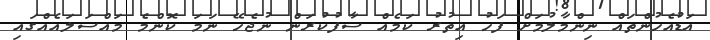
އަޑުއެހުންތައް ނިންމާލުމަށް ފަހު އިތުރު ކަމެއް ސާފުކުރަން ނުޖެހޭ ނަމަ ކޮންމެ މައްސަލައެއްގައި